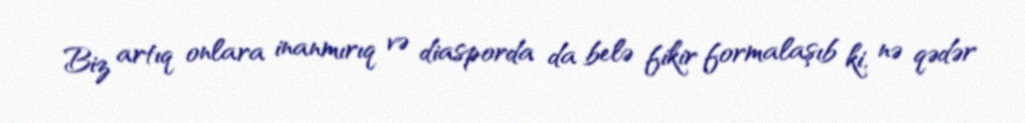
Biz artıq onlara inanmırıq və diasporda da belə fikir formalaşıb ki, nə qədər